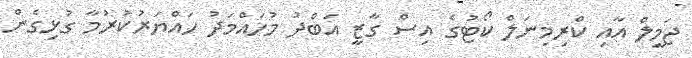
ޖަމީލް އާއި ކްރިމިނަލް ކޯޓުގެ އިސް ގާޒީ އަބްދު މުހައްމަދު ހައްޔަރުކުރުމާ ގުޅިގެން